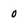
Character: 0